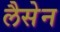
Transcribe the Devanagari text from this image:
लैसेन